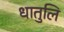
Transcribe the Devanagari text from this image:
धातुलि